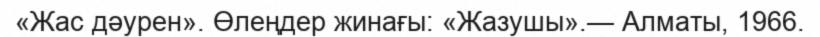
«Жас дәурен». Өлеңдер жинағы: «Жазушы».— Алматы, 1966.